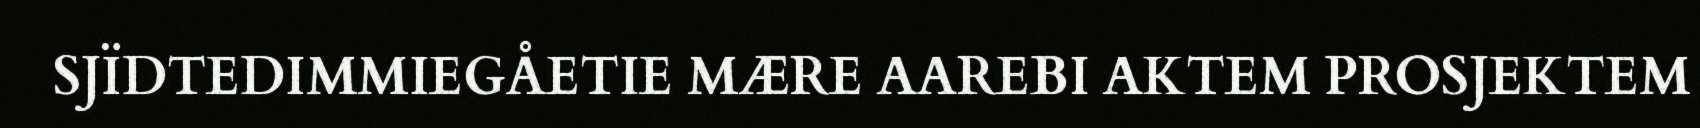
SJÏDTEDIMMIEGÅETIE MÆRE AAREBI AKTEM PROSJEKTEM